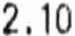
2.10